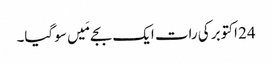
24 اکتوبر کی رات ایک بجے مَیں سو گیا۔